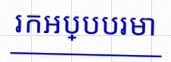
រកអប្បបរមា